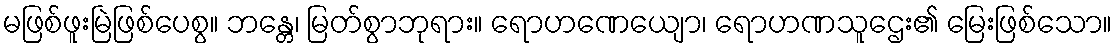
မဖြစ်ဖူးမြဲဖြစ်ပေစွ။ ဘန္တေ၊ မြတ်စွာဘုရား။ ရောဟဏေယျော၊ ရောဟဏသူဌေး၏ မြေးဖြစ်သော။